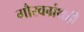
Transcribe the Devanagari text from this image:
गौरवग्रंथही